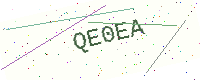
Text: QE0EA